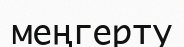
меңгерту